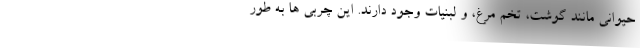
حیوانی مانند گوشت، تخم مرغ، و لبنیات وجود دارند. این چربی ها به طور